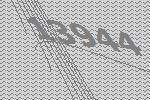
13944